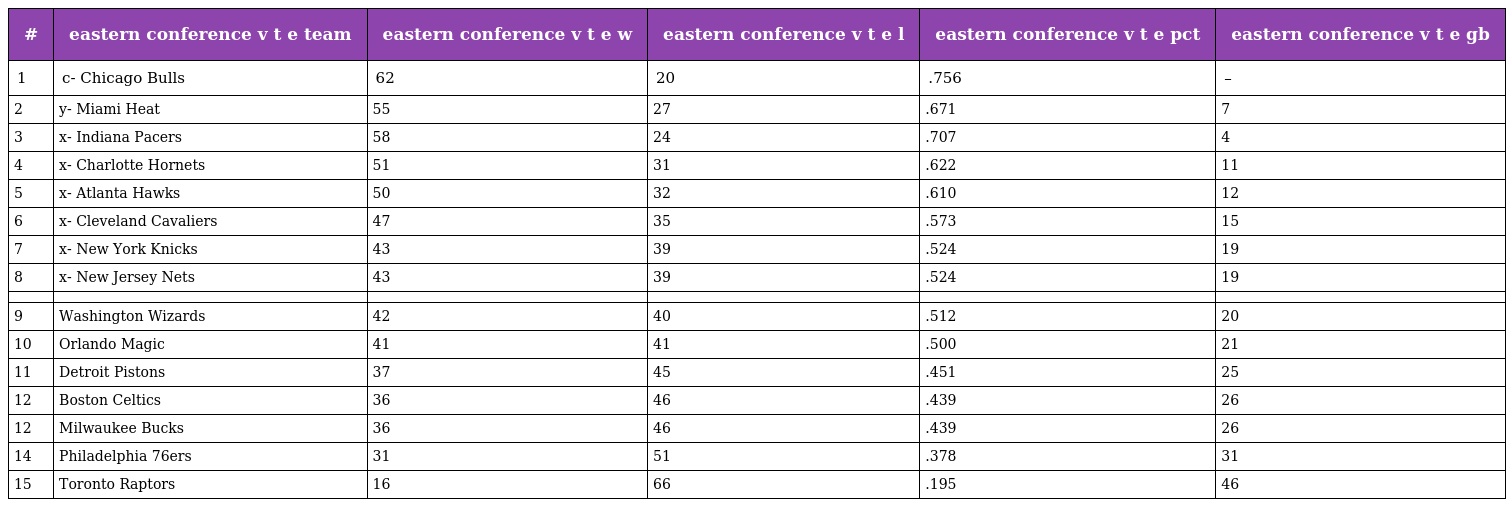
| # | eastern conference v t e team | eastern conference v t e w | eastern conference v t e l | eastern conference v t e pct | eastern conference v t e gb |
 | --- | --- | --- | --- | --- | --- |
 | 1 | c- Chicago Bulls | 62 | 20 | .756 | – |
 | 2 | y- Miami Heat | 55 | 27 | .671 | 7 |
 | 3 | x- Indiana Pacers | 58 | 24 | .707 | 4 |
 | 4 | x- Charlotte Hornets | 51 | 31 | .622 | 11 |
 | 5 | x- Atlanta Hawks | 50 | 32 | .610 | 12 |
 | 6 | x- Cleveland Cavaliers | 47 | 35 | .573 | 15 |
 | 7 | x- New York Knicks | 43 | 39 | .524 | 19 |
 | 8 | x- New Jersey Nets | 43 | 39 | .524 | 19 |
 |  |  |  |  |  |  |
 | 9 | Washington Wizards | 42 | 40 | .512 | 20 |
 | 10 | Orlando Magic | 41 | 41 | .500 | 21 |
 | 11 | Detroit Pistons | 37 | 45 | .451 | 25 |
 | 12 | Boston Celtics | 36 | 46 | .439 | 26 |
 | 12 | Milwaukee Bucks | 36 | 46 | .439 | 26 |
 | 14 | Philadelphia 76ers | 31 | 51 | .378 | 31 |
 | 15 | Toronto Raptors | 16 | 66 | .195 | 46 |